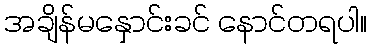
အချိန်မနှောင်းခင် နောင်တရပါ။